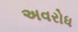
અવરોધ